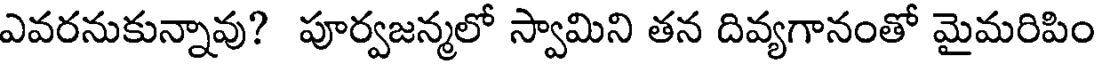
ఎవరనుకున్నావు? పూర్వజన్మలో స్వామిని తన దివ్యగానంతో మైమరిపిం